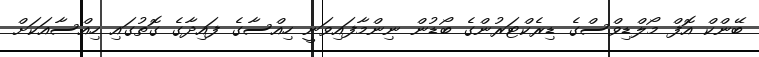
ބޭންކް އޮފް މޯލްޑިވްސްގެ ޑިރެކްޓަރުންގެ ބޯޑުން ނިންމާފައިވަނީ ހިއްސާގެ ފައިދާގެ ގޮތުގައި ހިއްސާއަކަށް